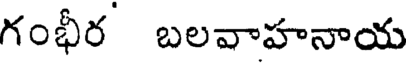
గంభీర బలవాహనాయ